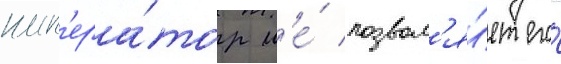
имп'ера́тор н'е́ позвол'я́ет его́